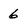
Character: 6